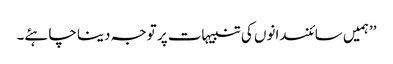
’’ہمیں سائنسدانوں کی تنبیہات پر توجہ دینا چاہئے۔